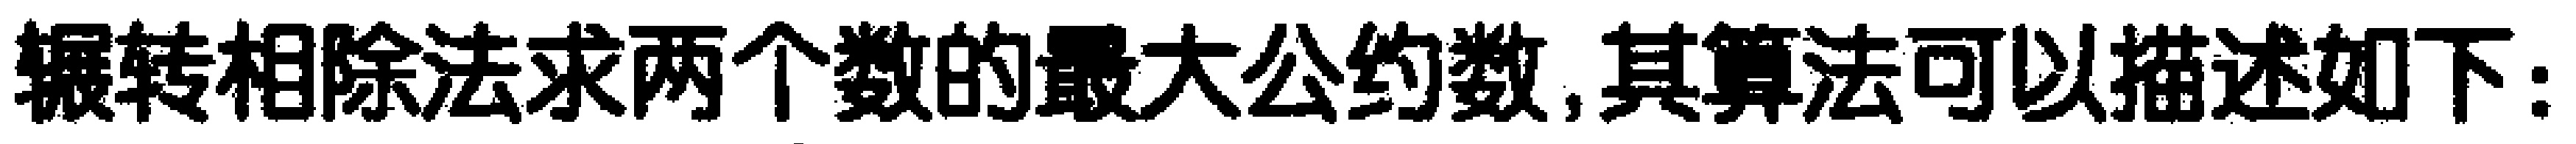
辗转相除法求两个数的最大公约数,其算法可以描述如下：